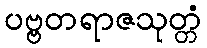
ပဗ္ဗတရာဇသုတ္တံ